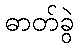
ဓာတ်ခွဲ